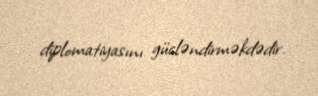
diplomatiyasını gücləndirməkdədir.